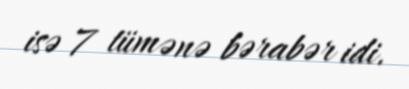
isə 7 tümənə bərabər idi.